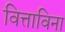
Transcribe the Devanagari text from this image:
वित्ताविना